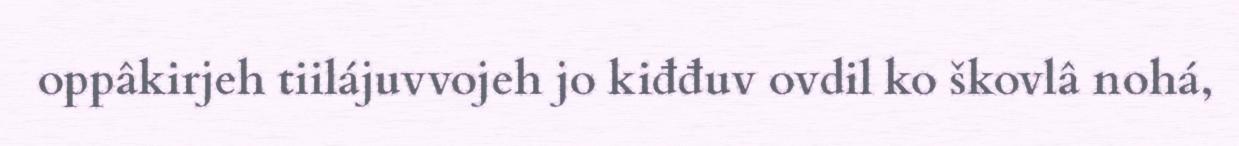
oppâkirjeh tiilájuvvojeh jo kiđđuv ovdil ko škovlâ nohá,